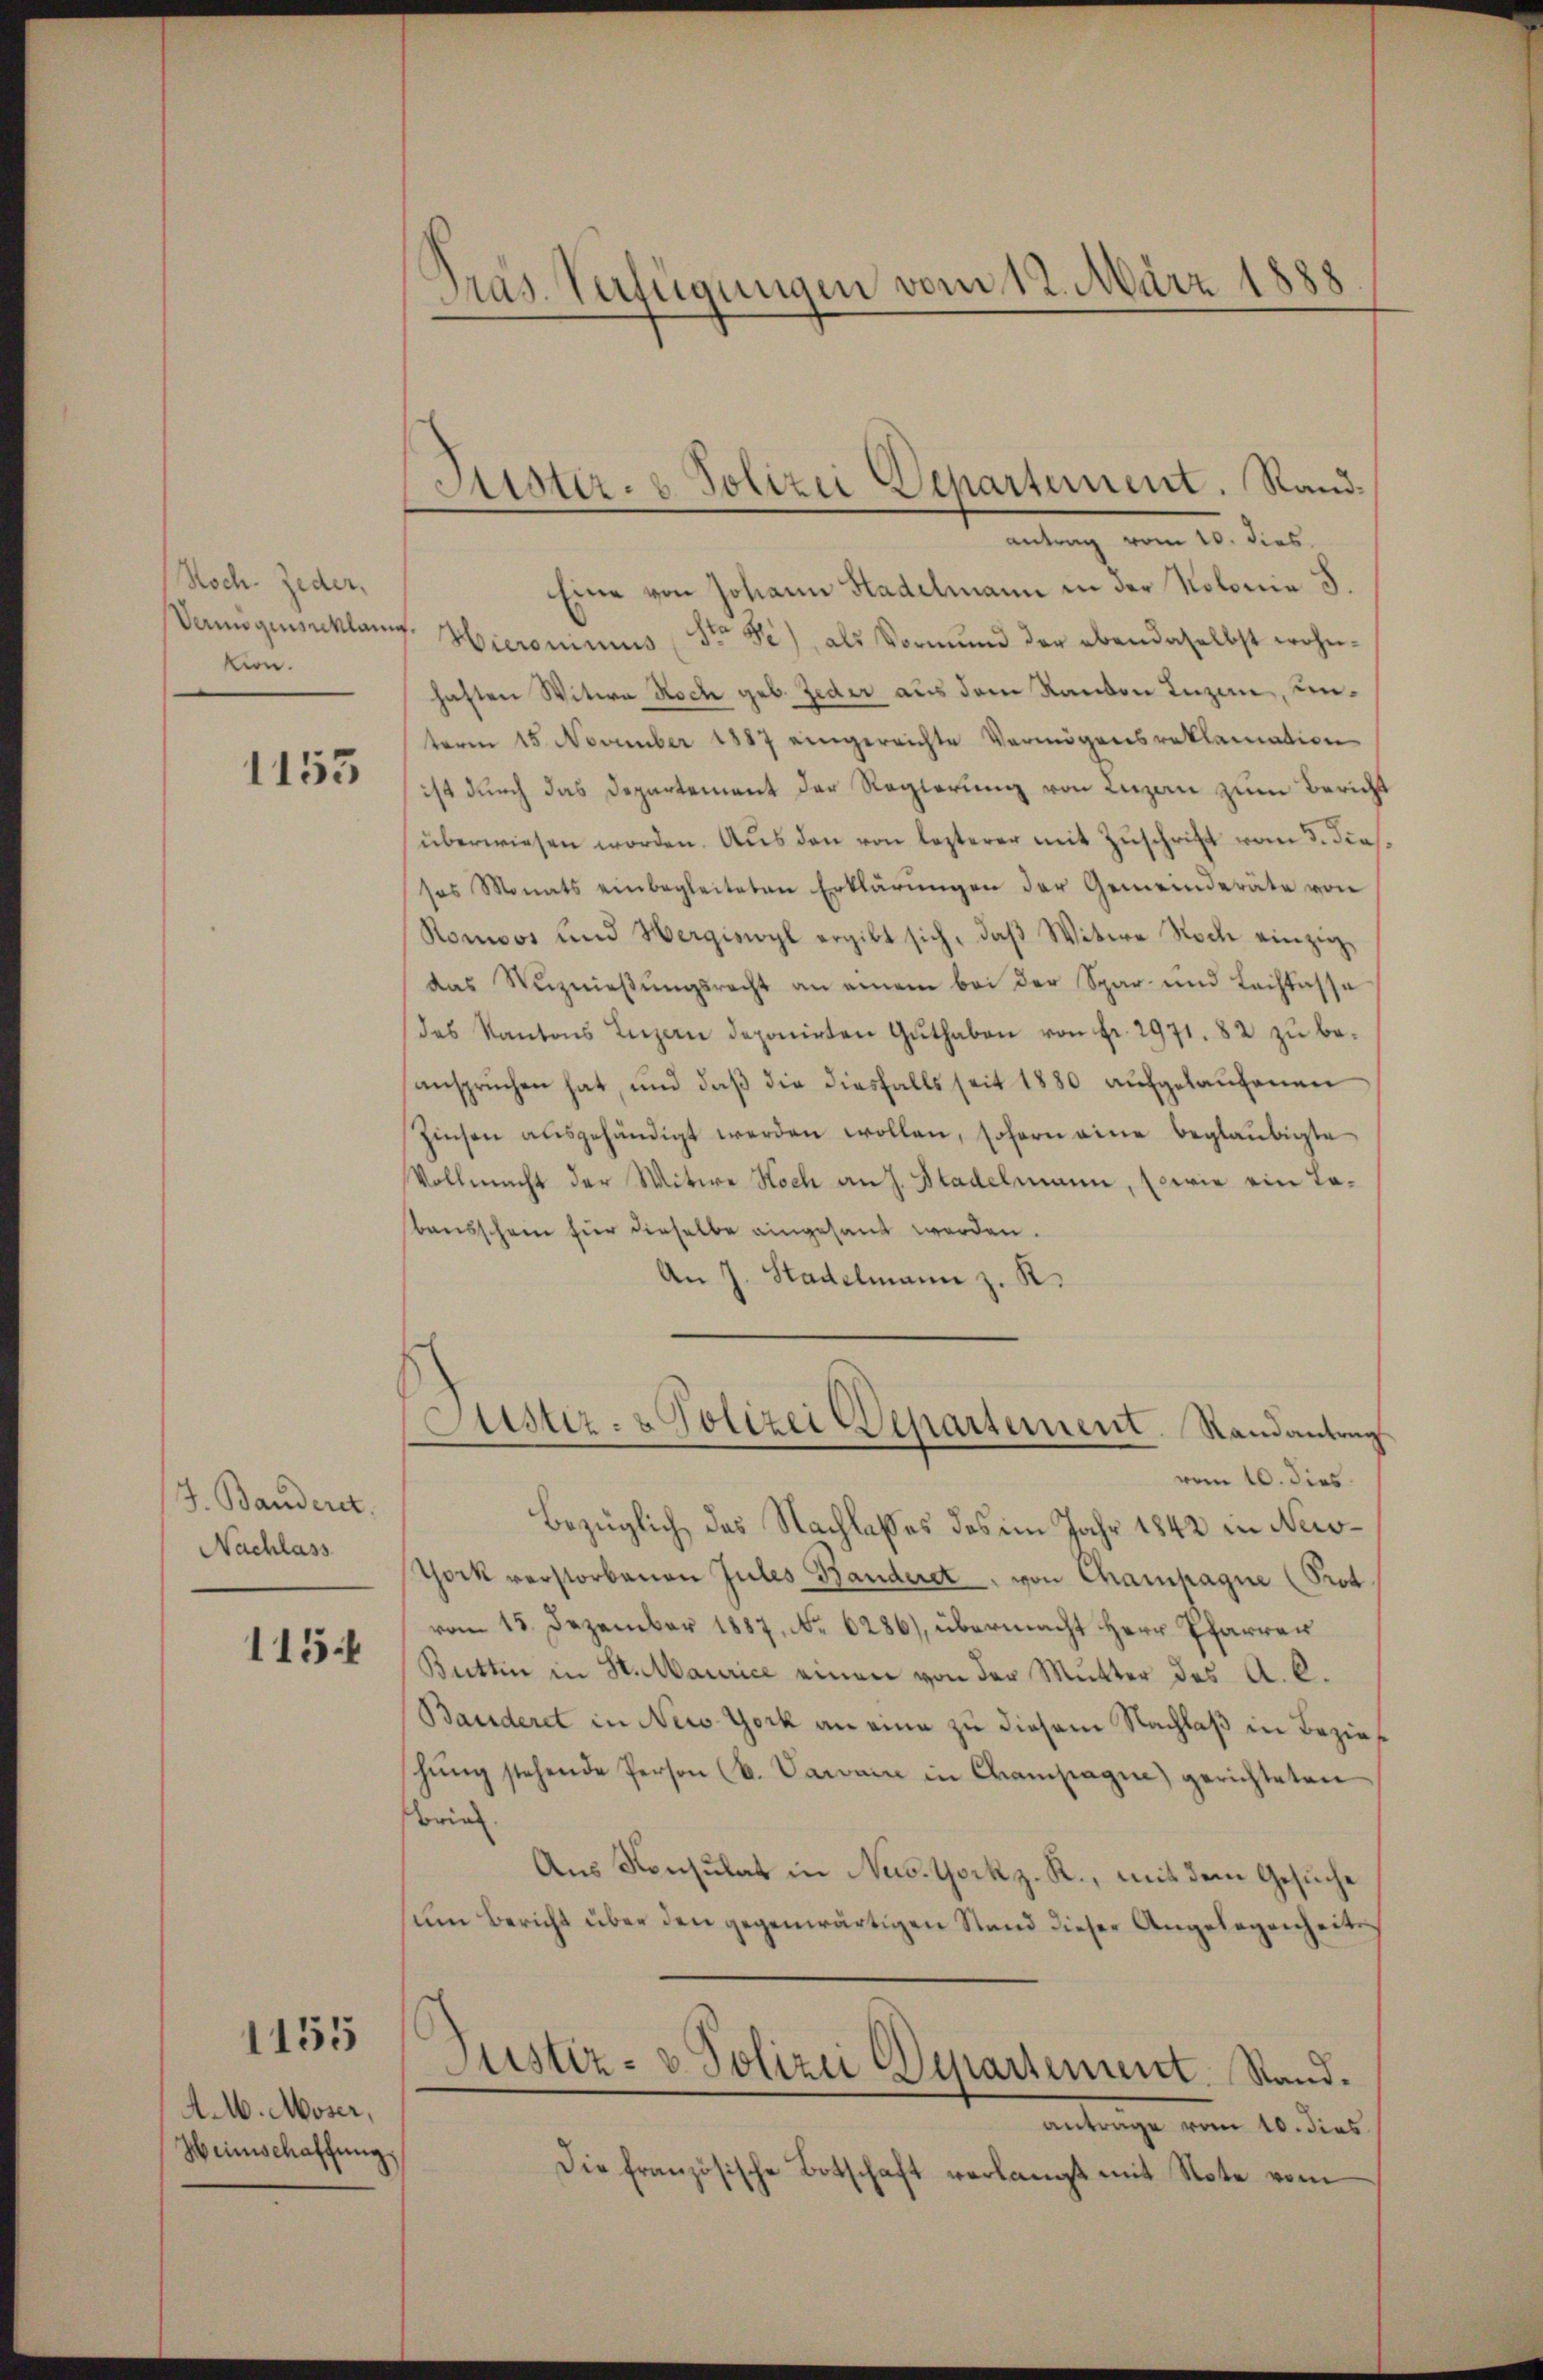
Soch. Jeder,
Vemigiusuklang
kion.

1153

J. Banderet.
Nachlass

1154

A.M. Moser,
Heimschaffung

1155

Pras. Verfügungen vom 12. März 1888

Justiz- & Polizei Departement. Randantrag vom 10. dies

Eine von Johann Stadelmann in der Kolonia S.
. Hieronimus (Str. Fi), als Vormŭnd der ebendaselbst wohn-
haften Witwe Noch geb. Jeder aus dem Kanton Inzen, unterm 15. November 1887 eingereichte Vermögensreklamation
ist durch das Departement der Regierung von Luzan zum Bericht
überwiesen worden. Aus den von lezterer mit Zuschrift vom 3. die
sos Monats einbegleiteten Erklärŭngen der Gemeinderäte von
Romoos und Wergiswyl ergibt sich, daβ Witwe Noch einzig
das Wŭznieβŭngsrecht an einem bei der Spar- und Lachtasse
des Kantons Luzern deponirten Guthaben von fr. 2971. 82 zŭ be-
anspruchen hat, und daß die diesfalls seit 1880 aufgelaŭfenen
Zinsen ausgehändigt werden wollen, sofern eine beglaubigte
Vollmacht der Witwe Hoch an J. Stadelmann, sowie ein Tabausschein für dieselbe eingesandt werden.
An J. Stadelmann z. R.
Stistiz- & Polizei Departement. Randantrag
vom 10. dies
Bezüglich, das Nachlasses des im Jahr 1842 in Newo¬
York verstorbenen Jules Banderet, von Champagne (Prot
vom 15. Dezember 1887. No. 6286), übermacht Herr Pfarrer
Butten in St. Maurice einen von der Mutter des A. C.
Bauderet in New York an eine zu diesem Nachlaß in Bezirk
hŭng stehende Person (s. Saran in Champagin) gerichteten
brin
Aus Konsulat in New-York z. R., mit dem Gesuche
um Bericht über den gegenwärtigen Stand dieser Angelegenheits¬
Justiz- & Polizei Departement Stand.
antrage vom 10. dies
Die französische Botschaft verlangt mit Note vom